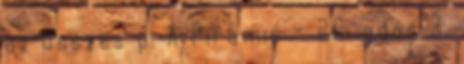
az összes p. A Piramis - 26. adás 3.